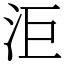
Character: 洰